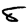
Digit: 8